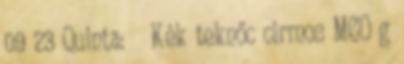
09 23 Quinta: ♀ Kék teknőc cirmos MCO g